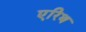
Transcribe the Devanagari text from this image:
एरिथ